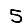
Digit: 5